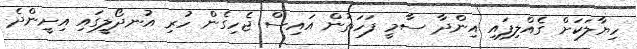
ހިޔާލަކަށް ގެއްލިފައި އިންދާ ސާމީ ފަހަތުން އައިސް ޖެހިގެން ހުރި އުނދޯލީގައި އިށީންދެ